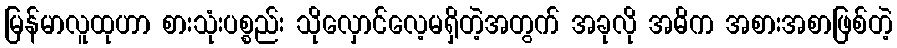
မြန်မာလူထုဟာ စားသုံးပစ္စည်း သိုလှောင်လေ့မရှိတဲ့အတွက် အခုလို အဓိက အစားအစာဖြစ်တဲ့